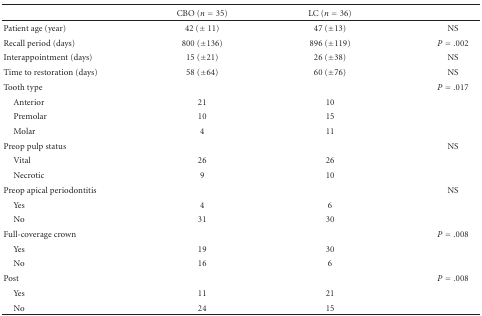
<table><thead><tr><td></td><td><b>CBO (<i>n</i> = 35)</b></td><td><b>LC (<i>n</i> = 36)</b></td><td></td></tr></thead><tbody><tr><td>Patient age (year)</td><td>42 (± 11)</td><td>47 (±13)</td><td>NS</td></tr><tr><td>Recall period (days)</td><td>800 (±136)</td><td>896 (±119)</td><td><i>P</i> = .002</td></tr><tr><td>Interappointment (days)</td><td>15 (±21)</td><td>26 (±38)</td><td>NS</td></tr><tr><td>Time to restoration (days)</td><td>58 (±64)</td><td>60 (±76)</td><td>NS</td></tr><tr><td>Tooth type</td><td></td><td></td><td><i>P</i> = .017</td></tr><tr><td> Anterior</td><td>21</td><td>10</td><td></td></tr><tr><td> Premolar</td><td>10</td><td>15</td><td></td></tr><tr><td> Molar</td><td>4</td><td>11</td><td></td></tr><tr><td>Preop pulp status</td><td></td><td></td><td>NS</td></tr><tr><td> Vital</td><td>26</td><td>26</td><td></td></tr><tr><td> Necrotic</td><td>9</td><td>10</td><td></td></tr><tr><td>Preop apical periodontitis</td><td></td><td></td><td>NS</td></tr><tr><td> Yes</td><td>4</td><td>6</td><td></td></tr><tr><td> No</td><td>31</td><td>30</td><td></td></tr><tr><td>Full-coverage crown</td><td></td><td></td><td><i>P</i> = .008</td></tr><tr><td> Yes</td><td>19</td><td>30</td><td></td></tr><tr><td> No</td><td>16</td><td>6</td><td></td></tr><tr><td>Post</td><td></td><td></td><td><i>P</i> = .008</td></tr><tr><td> Yes</td><td>11</td><td>21</td><td></td></tr><tr><td> No</td><td>24</td><td>15</td><td></td></tr></tbody></table>